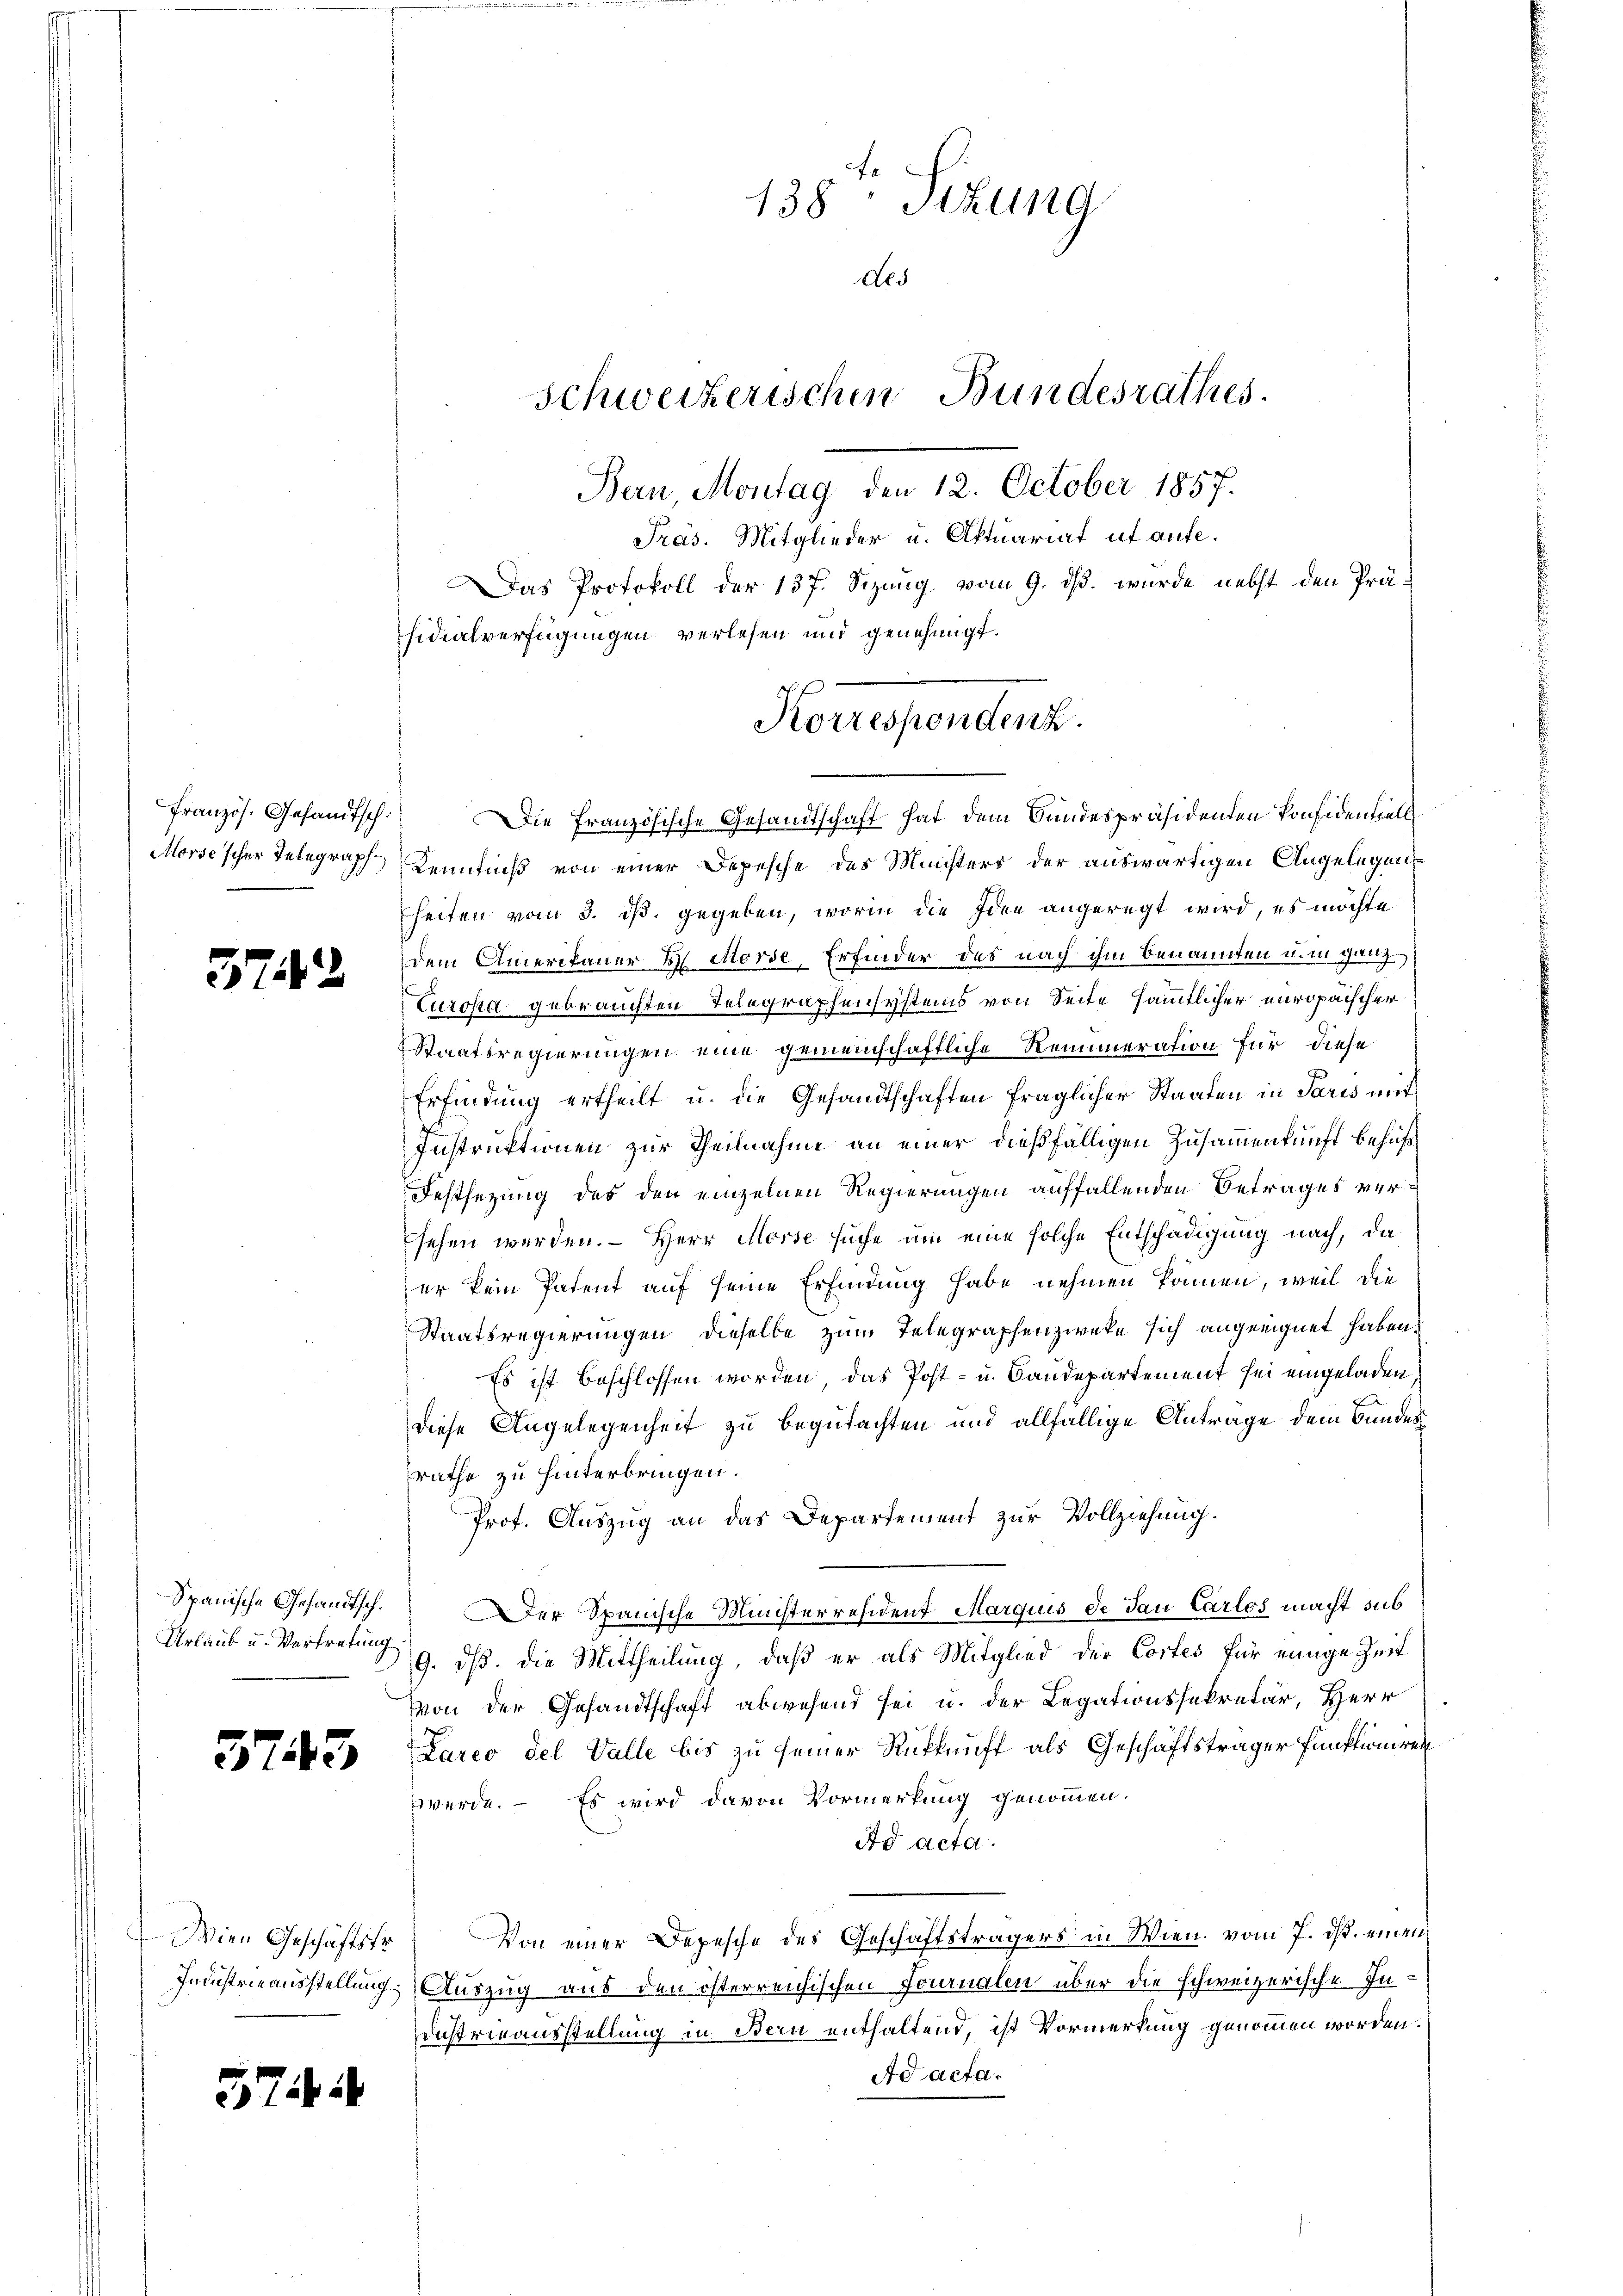
Französ. Gesandtsch.

572

Urlaub u. Vertretung

5743

374

138. Sitzung
des
Schweizerischen Bundesrathes.
Bern, Montag den 12. October 1857.
Pras. Mitglieder u. Aktuariat ut aufe.
Das Protokoll der 137. Sizung vom 9. ds. wurde nebst den Präsidialverfügungen verlesen und genehmigt.

Die Französische Gesandtschaft hat dem Bundespräsidenten konsidentiell
Morse'scher Telegraph Kenntniß von einer Depesche des Ministers der auswärtigen Angelegens
heiten vom 3. ds. gegeben, worin die Idee angeregt wird, es möchte
dem Amerikaner 2 Morse, Erfinder des nach ihm benannten u. in ganze
Europa gebrauchten Telegraphensystems von Seite sämmtlicher europaischer
Staatsregierungen eine gemeinschaftliche Remuneration für diese
Erfindung ertheilt u. die Gesandtschaften fraglicher Staaten in Paris mit
Instruktionen zur Theilnahme an einer dießfälligen Zusammenkunft behufs
Festsezung des den einzelnen Regierungen auffallenden Betrages versehen werden. – Herr Morse suche um eine solche Entschädigung nach, da
er kein Patent auf seine Erfindung habe nehmen können, weil die
Staatsregierungen dieselbe zum Telegraphenzweke sich angeeignet haben.
Es ist beschlossen worden, das Post- u. Baudepartement sei eingeladen
diese Angelegenheit zu begutachten und allfällige Antrage dem Bundesrathe zu hinterbringen.
Prof. Auszug an das Departement zur Vollziehung.
Spanische Gesandtsch. Der Spanische Ministerresident Margius de dan Carlos macht sub
9. ds. die Mittheilung, daß er als Mitglied der Cortes für einige Zeit
von der Gesandtschaft abwesend sei u. der Legationssekretär, Herr
Lario del Valle bis zu seiner Rückkunft als Geschäftsträger Funktionirenwerde. – Es wird davon Vormerkung genommen.
ad acta.
Wien Geschäftsfr. Von einer Depesche des Geschäftsträgers in Wien. vom 7. ds. einen
Industrieausstellung Auszug aus den österreichischen Fournalen über die schweizerische In¬
Dustrieausstellung in Bern enthaltend, ist Vormerkung genommen worden.
Ad acta.

Korrespondert.